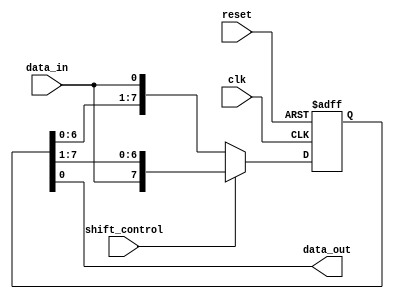
module bidirectional_shift_register (
    input wire clk,
    input wire reset,
    input wire shift_control,
    input wire data_in,
    output reg data_out
);

parameter SIZE = 8; // Number of bits in the shift register

reg [SIZE-1:0] shift_reg;

always @(posedge clk or posedge reset) begin
    if (reset) begin
        shift_reg <= 0;
    end else begin
        if (shift_control == 0) begin // Left shift
            shift_reg <= {shift_reg[SIZE-2:0], data_in};
        end else begin // Right shift
            shift_reg <= {data_in, shift_reg[SIZE-1:1]};
        end
    end
end

assign data_out = shift_reg[0];

endmodule